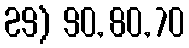
29) 90, 80, 70